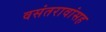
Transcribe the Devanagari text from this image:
वसंतरावांसह